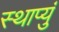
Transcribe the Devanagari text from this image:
स्थाप्युं